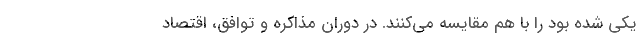
یکی شده بود را با هم مقایسه می‌کنند. در دوران مذاکره و توافق، اقتصاد